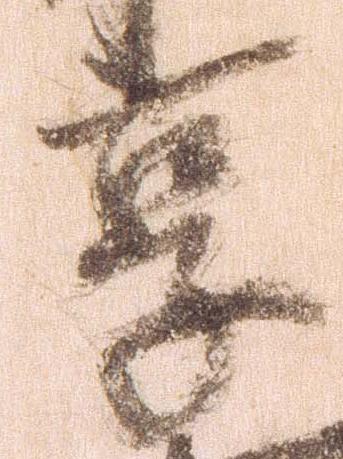
享